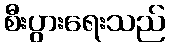
စီးပွားရေးသည်